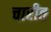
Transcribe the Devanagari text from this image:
चारीत